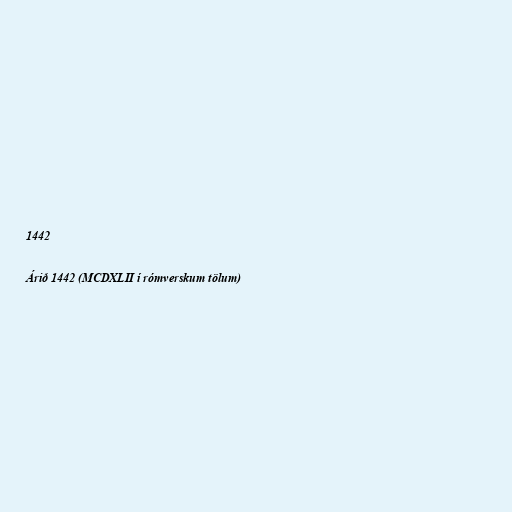
1442

Árið 1442 (MCDXLII í rómverskum tölum)